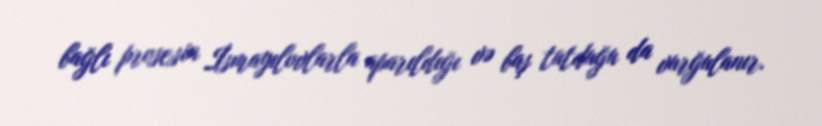
bağlı prosesin İsmayılovlarla aparıldığı və baş tutduğu da vurğulanır.